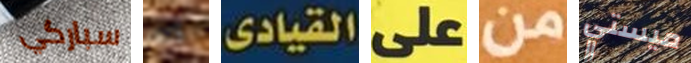
سباركي ذلك القيادى على من ميستي